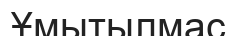
Ұмытылмас